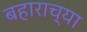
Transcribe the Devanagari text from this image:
बहाराच्या